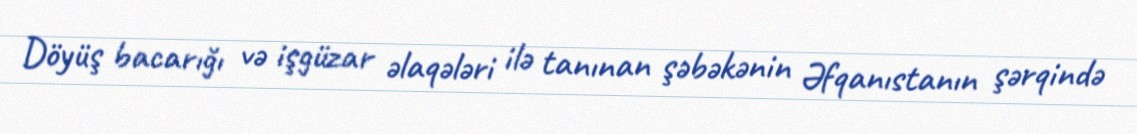
Döyüş bacarığı və işgüzar əlaqələri ilə tanınan şəbəkənin Əfqanıstanın şərqində